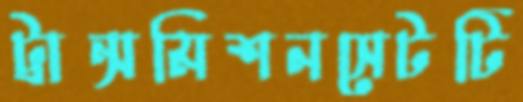
ট্রান্সমিশনসেটটি